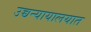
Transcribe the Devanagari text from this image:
उच्चन्यायालयात